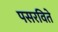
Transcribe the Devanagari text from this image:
पसरविते